King Institute of Preventive Medicine Micro-Biological Section reports 1909-11
Year: 1909
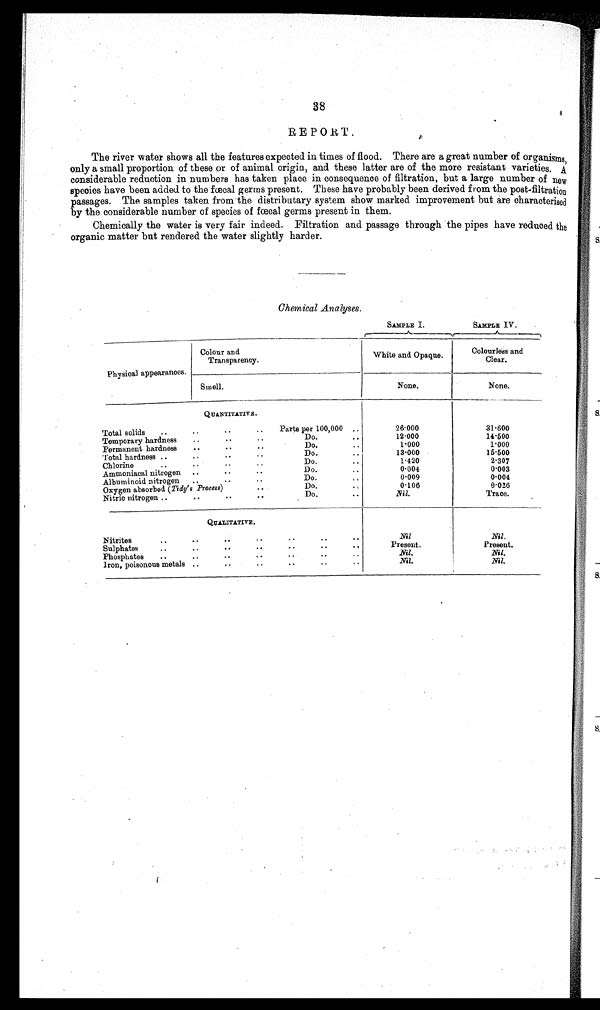
38
REPORT.
The river water shows all the features expected in times of flood. There are a great number of organisms,
only a small proportion of these or of animal origin, and these latter are of the more resistant varieties. A
considerable reduction in numbers has taken place in consequence of filtration, but a large number of new
species have been added to the fœcal germs present. These have probably been derived from the post-filtration
passages. The samples taken from the distributary system show marked improvement but are characterised
by the considerable number of species of fœcal germs present in them.
Chemically the water is very fair indeed. Filtration and passage through the pipes have reduced the
organic matter but rendered the water slightly harder.
Chemical Analyses.
SAMPLE I.
SAMPLE IV.
Physical appearances.
Colour and
Transparency.
White and Opaque.
Colourless and
Clear.
Smell.
None.
None.
Q U A N T I T A T I V E .
Total solids
..
..
.. .. Parts per 100,000 ..
26.000
31.600
..
Temporary hardness ..
..
..
Do.
..
12.000
14.500
Permanent hardness ..
..
..
Do.
. .
1.000
1.000
Total hardness ..
..
..
..
Do.
..
13.000
15.500
Chlorine
..
..
. . . .
D o .
. .
1.420
2.307
Ammoniacal nitrogen ..
..
. .
Do.
. .
0.004
0.003
Albuminoid nitrogen ..
..
..
D o .
. .
0.009
0.004
Oxygen absorbed (Tidy's Process) ..
D
o .
. .
.
0.106
0.026
Nitric nitrogen ..
..
..
..
Do.
..
Nil.
Trace.
QUALITATIVE.
Nitrites
..
..
..
..
..
..
..
Nil
Nil.
Sulphates
..
..
.. ..
..
..
Present.
Present.
Phosphates
..
..
..
..
.
.
.. ..
Nil.
Nil.
Iron, poisonous metals ..
..
..
..
..
..
Nil.
N i l .